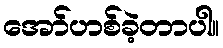
အော်ဟစ်ခဲ့တာပါ။